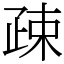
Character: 疎